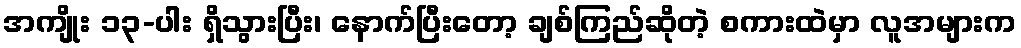
အကျိုး ၁၃-ပါး ရှိသွားပြီး၊ နောက်ပြီးတော့ ချစ်ကြည်ဆိုတဲ့ စကားထဲမှာ လူအများက